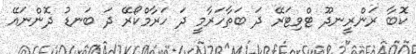
ކޮބާ ރަންރީނދޫ ޓްވިޓަރޭ ދަ ބަތާހަރާމީ ދަ ހަރާމްކޯރޭ ދަ ބަނޑު ދޮންނައޭ